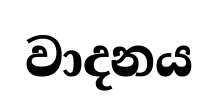
වාදනය